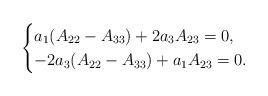
LaTeX: \begin{align*}\begin{cases}a_1(A_{22}-A_{33})+2a_3A_{23}=0,\\-2a_3(A_{22}-A_{33})+a_1A_{23}=0.\end{cases}\end{align*}